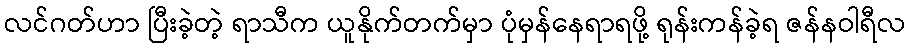
လင်ဂတ်ဟာ ပြီးခဲ့တဲ့ ရာသီက ယူနိုက်တက်မှာ ပုံမှန်နေရာရဖို့ ရုန်းကန်ခဲ့ရ ဇန်နဝါရီလ